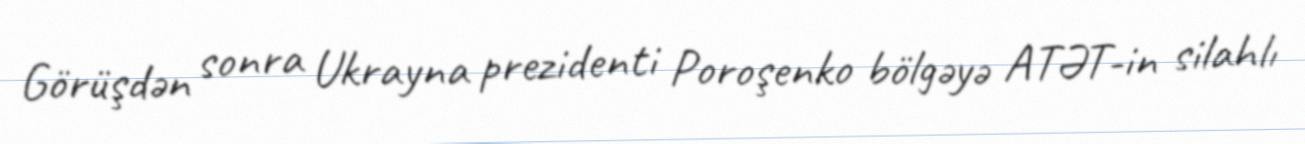
Görüşdən sonra Ukrayna prezidenti Poroşenko bölgəyə ATƏT-in silahlı